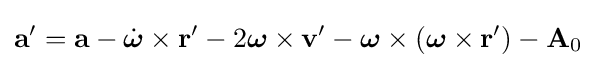
\mathbf {a} '=\mathbf {a} -{\dot {\boldsymbol {\omega }}}\times \mathbf {r} '-2{\boldsymbol {\omega }}\times \mathbf {v} '-{\boldsymbol {\omega }}\times ({\boldsymbol {\omega }}\times \mathbf {r} ')-\mathbf {A} _{0}